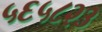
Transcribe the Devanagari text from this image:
५६५८२३